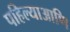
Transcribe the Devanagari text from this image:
पहिल्याआणि